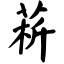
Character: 菥